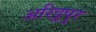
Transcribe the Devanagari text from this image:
अरिट्ठपुर